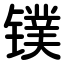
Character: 镤